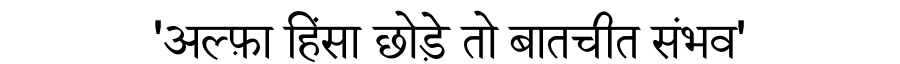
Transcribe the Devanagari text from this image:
'अल्फ़ा हिंसा छोड़े तो बातचीत संभव'